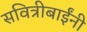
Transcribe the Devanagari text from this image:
सवित्रीबाईंनी